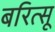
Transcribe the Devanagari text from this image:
बरित्सू